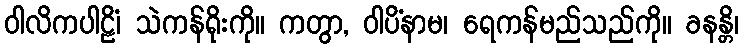
ဝါလိကပါဠိံ၊ သဲကန်ရိုးကို။ ကတွာ, ဝါပိံနာမ၊ ရေကန်မည်သည်ကို။ ခနန္တိ၊